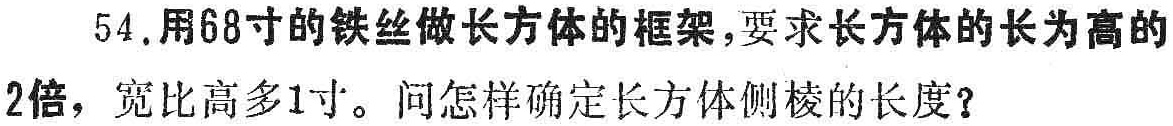
54. 用68寸的铁丝做长方体的框架，要求长方体的长为高的2倍，宽比高多1寸。问怎样确定长方体侧棱的长度？